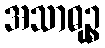
အသာဓုဉ္စ